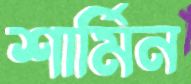
শার্মিন